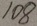
1 0 8